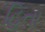
હિતા